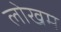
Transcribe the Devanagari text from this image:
लोखम